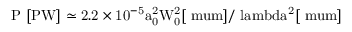
\mathrm { { P ~ [ P W ] } \simeq 2 . 2 \times 1 0 ^ { - 5 } a _ { 0 } ^ { 2 } W _ { 0 } ^ { 2 } [ \mathrm { { \ m u m } ] / \ l a m b d a ^ { 2 } [ \mathrm { { \ m u m } ] } } }